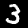
Label: 3